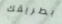
بطريقك